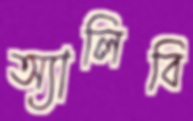
অ্যালিবি